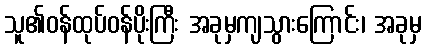
သူ၏ဝန်ထုပ်ဝန်ပိုးကြီး အခုမှကျသွားကြောင်း၊ အခုမှ